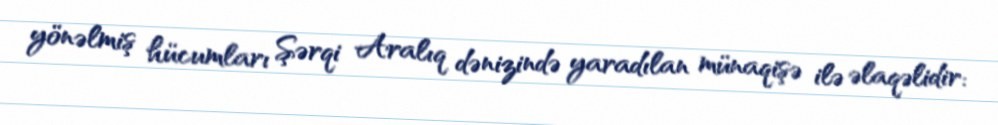
yönəlmiş hücumları Şərqi Aralıq dənizində yaradılan münaqişə ilə əlaqəlidir: